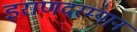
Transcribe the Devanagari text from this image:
इराणदरम्यान